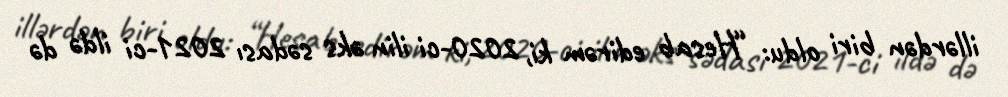
illərdən biri oldu: “Hesab edirəm ki, 2020-ci ilin əks sədası 2021-ci ildə də